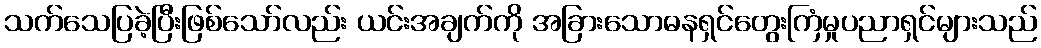
သက်သေပြခဲ့ပြီးဖြစ်သော်လည်း ယင်းအချက်ကို အခြားသောဓနရှင်တွေးကြံမှုပညာရှင်များသည်